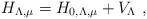
LaTeX: \begin{align*}H_{\Lambda,\mu} = H_{0,\Lambda,\mu} + V_{\Lambda} \ ,\end{align*}